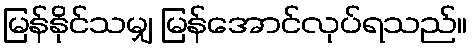
မြန်နိုင်သမျှ မြန်အောင်လုပ်ရသည်။